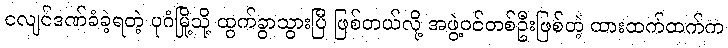
ငလျင်ဒဏ်ခံခဲ့ရတဲ့ ပုဂံမြို့သို့ ထွက်ခွာသွားပြီ ဖြစ်တယ်လို့ အဖွဲ့ဝင်တစ်ဦးဖြစ်တဲ့ ထားထက်ထက်က